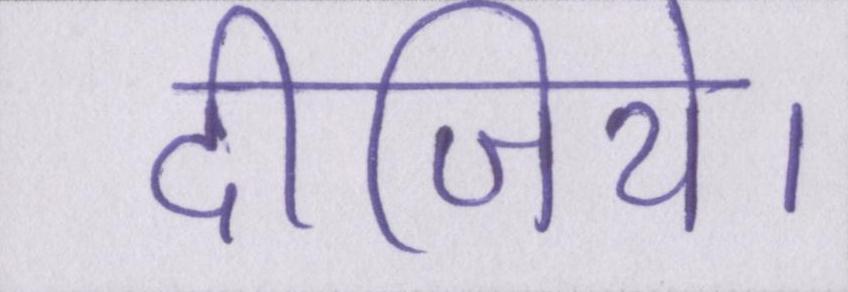
दीजिये।